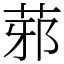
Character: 䓉